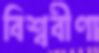
বিশ্ববীণা